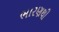
ભારણથી